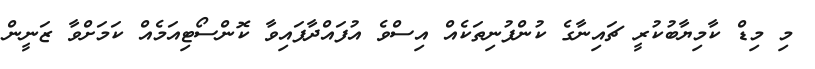
މި މިޑް ކާމިޔާބުކުރީ ޗައިނާގެ ކުންފުނިތަކެއް އިސްވެ އުފައްދާފައިވާ ކޮންސޯޓިއަމެއް ކަމަށްވާ ޒަނީން